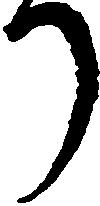
り